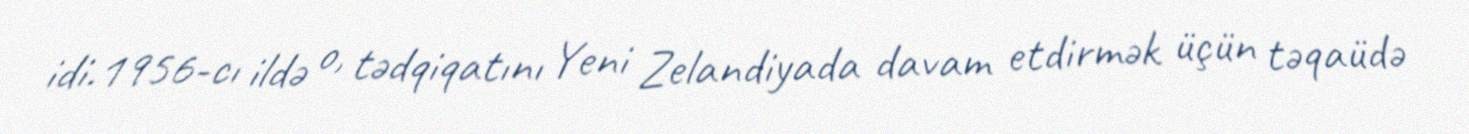
idi.1956-cı ildə o, tədqiqatını Yeni Zelandiyada davam etdirmək üçün təqaüdə